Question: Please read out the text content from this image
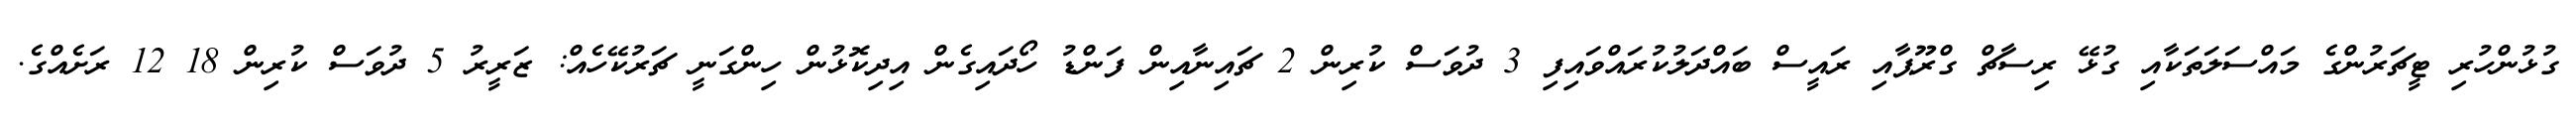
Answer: ގުޅުންހުރި ޓީޗަރުންގެ މައްސަލަތަކާއި ގުޅޭ ރިސާޗް ގްރޫޕާއި ރައީސް ބައްދަލުކުރައްވައިފި 3 ދުވަސް ކުރިން 2 ޗައިނާއިން ފަންޑު ހޯދައިގެން އިދިކޮޅުން ހިންގަނީ ޗަރުކޭހެއް: ޒަރީރު 5 ދުވަސް ކުރިން 18 12 ރަށެއްގެ.